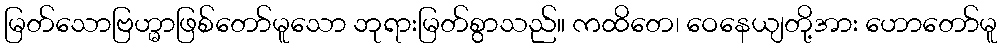
မြတ်သောဗြဟ္မာဖြစ်တော်မူသော ဘုရားမြတ်စွာသည်။ ကထိတေ၊ ဝေနေယျတို့အား ဟောတော်မူ